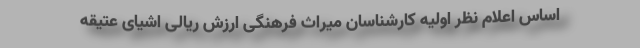
اساس اعلام نظر اولیه کارشناسان میراث فرهنگی ارزش ریالی اشیای عتیقه